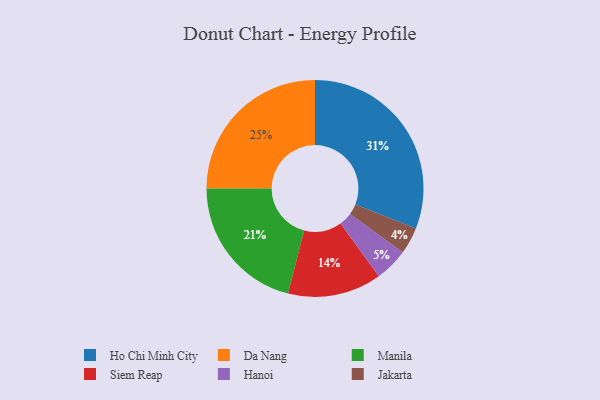
{"axis": {"x": "Category", "y": "Percentage"}, "legend": ["Da Nang", "Hanoi", "Ho Chi Minh City", "Jakarta", "Manila", "Siem Reap"], "data": [{"x": "Ho Chi Minh City", "y": 31, "type": "Ho Chi Minh City"}, {"x": "Siem Reap", "y": 14, "type": "Siem Reap"}, {"x": "Hanoi", "y": 5, "type": "Hanoi"}, {"x": "Manila", "y": 21, "type": "Manila"}, {"x": "Jakarta", "y": 4, "type": "Jakarta"}, {"x": "Da Nang", "y": 25, "type": "Da Nang"}]}